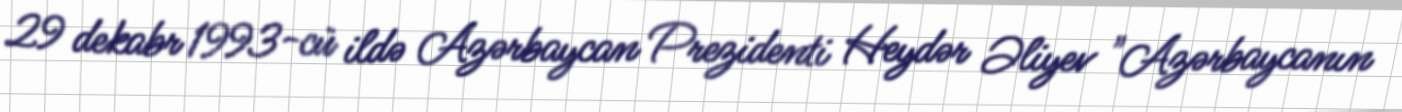
29 dekabr 1993-cü ildə Azərbaycan Prezidenti Heydər Əliyev "Azərbaycanın